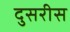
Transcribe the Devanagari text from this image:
दुसरीस